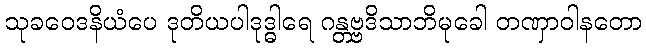
သုခဝေဒနိယံပေ ဒုတိယပါဒုဒ္ဓါရေ ဂန္တဗ္ဗဒိသာဘိမုခေါ တဏှာဝါနတော